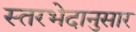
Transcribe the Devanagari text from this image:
स्तरभेदानुसार